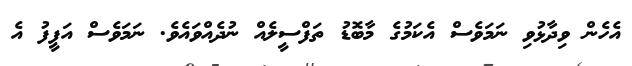
އެހެން ވިދާޅުވި ނަމަވެސް އެކަމުގެ މާބޮޑު ތަފްސީލެއް ނުދެއްވައެވެ. ނަމަވެސް އަފީފު އެ